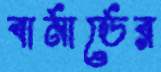
বার্নার্ডের